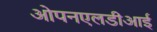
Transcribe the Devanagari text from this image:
ओपनएलडीआई